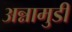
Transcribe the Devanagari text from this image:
अन्नामुडी